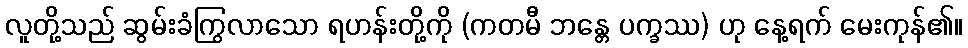
လူတို့သည် ဆွမ်းခံကြွလာသော ရဟန်းတို့ကို (ကတမီ ဘန္တေ ပက္ခဿ) ဟု နေ့ရက် မေးကုန်၏။